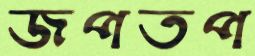
জপতপ